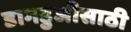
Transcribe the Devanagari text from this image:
डागडुजीसाठी